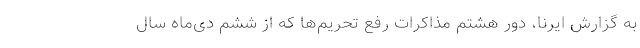
به گزارش ایرنا، دور هشتم مذاکرات رفع تحریم‌ها که از ششم دی‌ماه سال